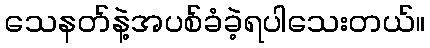
သေနတ်နဲ့အပစ်ခံခဲ့ရပါသေးတယ်။